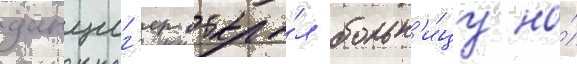
данциг'ер откры́л больн'и́цу на́